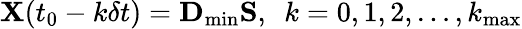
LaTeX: {\mathbf X}(t_{0}-k\delta t)={\mathbf D}_{\mathrm{min}}{\mathbf S},~~k=0,1,2,\ldots,k_{\mathrm{max}}